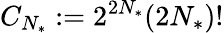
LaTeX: C_{{N_{*}}}:=2^{2{N_{*}}}(2{N_{*}})!